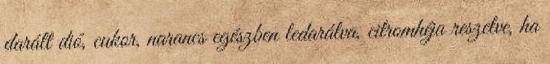
darált dió, cukor, narancs egészben ledarálva, citromhéja reszelve, ha